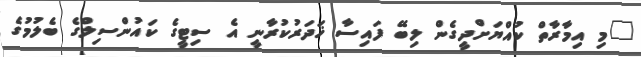
"މި އިމާރާތް ކުއްޔަށްދީގެން ލިބޭ ފައިސާ ޚަދަރުކުރާނީ އެ ސިޓީގެ ކައުންސިލްގެ ބެލުމުގެ